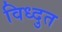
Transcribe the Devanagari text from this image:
विध्दुत